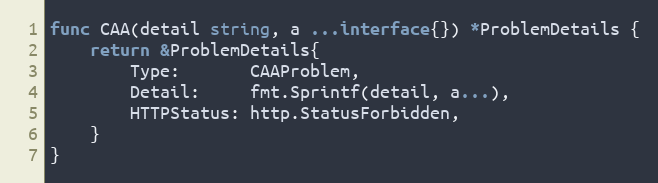
Language: Go
func CAA(detail string, a ...interface{}) *ProblemDetails {
	return &ProblemDetails{
		Type:       CAAProblem,
		Detail:     fmt.Sprintf(detail, a...),
		HTTPStatus: http.StatusForbidden,
	}
}